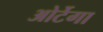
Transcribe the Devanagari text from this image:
ओर्टेगा